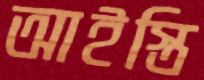
আইস্তি